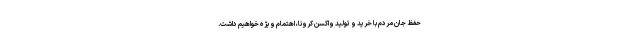
حفظ جان مردم با خرید و تولید واکسن کرونا، اهتمام ویژه خواهیم داشت.